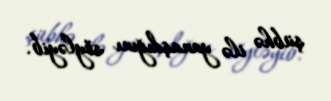
şübhə ilə yanaşdığını söyləyib.